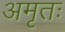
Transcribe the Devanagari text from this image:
अमृतः